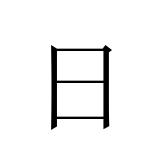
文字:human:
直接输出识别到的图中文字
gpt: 日